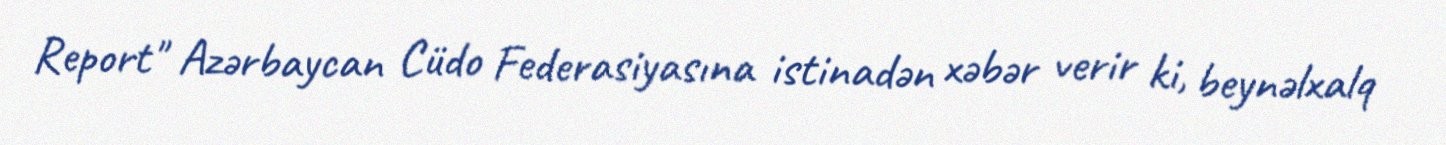
Report" Azərbaycan Cüdo Federasiyasına istinadən xəbər verir ki, beynəlxalq